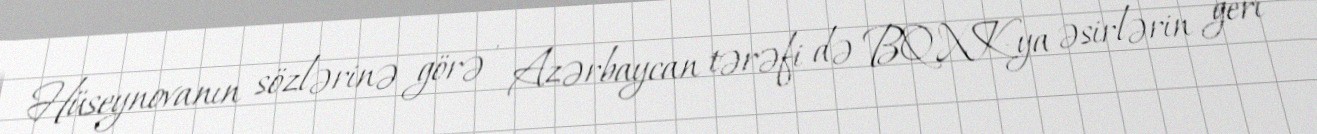
Hüseynovanın sözlərinə görə , Azərbaycan tərəfi də BQXK-ya əsirlərin geri